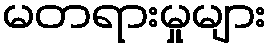
မတရားမှုများ